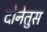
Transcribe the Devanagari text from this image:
दोनेतुस